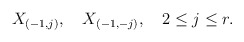
\begin{align*}X_{(-1,j)},\quad X_{(-1,-j)},\quad 2\leq j\leq r. \end{align*}